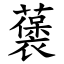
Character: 藵